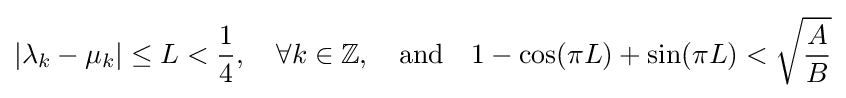
|\lambda _{k}-\mu _{k}|\leq L<{\frac {1}{4}},\quad \forall k\in \mathbb {Z} ,\quad {\text{and}}\quad 1-\cos(\pi L)+\sin(\pi L)<{\sqrt {\frac {A}{B}}}